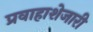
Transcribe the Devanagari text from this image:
प्रवाहाशेजारी